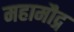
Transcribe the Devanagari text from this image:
महामौद्ग